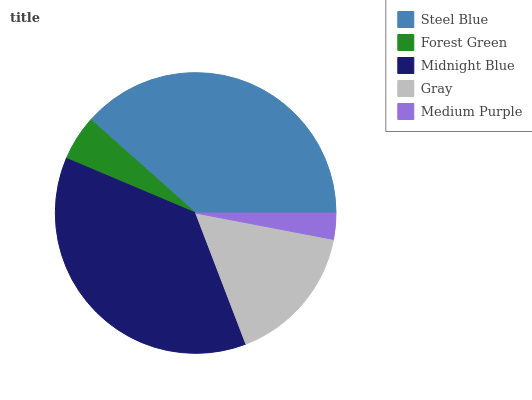
| Steel Blue | Forest Green | Midnight Blue | Gray | Medium Purple |
 | --- | --- | --- | --- | --- |
 | 38.3% | 5.22% | 37.2% | 16.2% | 3.01% |